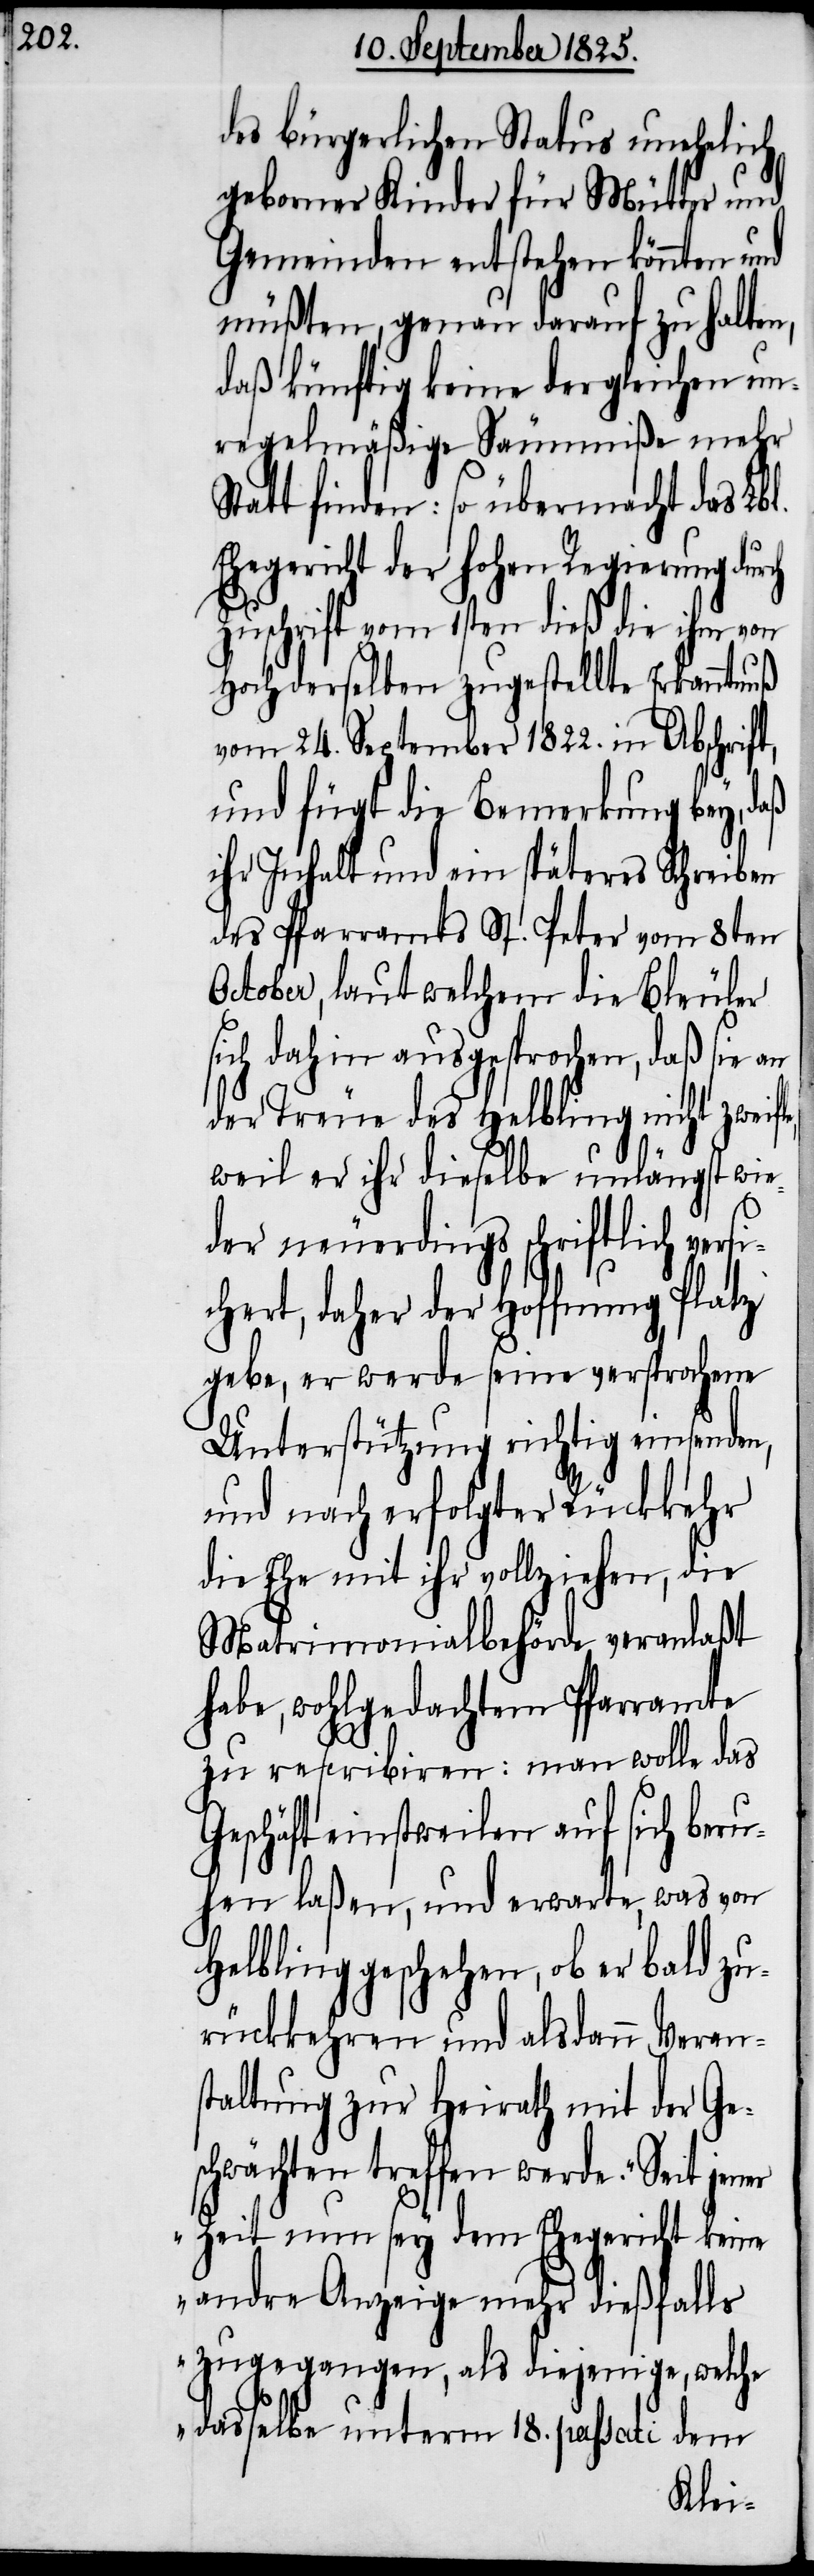
le,

des bürgerlichen Status unehelich
geborner Kinder für Mütter und
Gemeinden entstehen könnten und
müßten, genau darauf zu halten,
daß künftig keine der gleichen un¬
regelmäßige Säumniße mehr
Statt finden. So übermacht das Lbl.
Ehegericht der hohen Regierung durch
Zuschrift vom 1sten dieß die ihm von
Hochderselben zugestellte Erkanntnuß
vom 24. September 1822. in Abschrift,
und fügt die Bemerkung bey, daß
ihr Inhalt und ein späteres Schreiben
des Pfarramtes St. Peter vom 8ten
October, laut welchem die Bleuler
sich dahin ausgesprochen, daß sie an
der Treue des Helbling nicht zweif¬
weil er ihr dieselbe unlängst wie¬
der neuerdings schriftlich vers¬
ichert, daher der Hoffnung Platz
gebe, er werde seine versprochene
Unterstützung richtig einsenden,
und nach erfolgter Rückkehr
die Ehe mit ihr vollziehen, die
Matrimonialbehörde veranlaßt
habe, wohlgedachtem Pfarramte
zu rescribiren: man wolle das
Geschäft einstweilen auf sich beru¬
hen laßen, und erwarte, was von
Helbling geschehen, ob er bald zu¬
rückkehren und alsdann Veran¬
staltung zur Heirath mit der Ge¬
schwächten treffen werde. „Seit jener
Zeit nun sey dem Ehegericht keine
andre Anzeige mehr dießfalls
zugegangen, als diejenige, welche
dasselbe unterm 18. passati dem